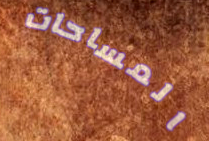
المساحات